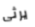
يرثى